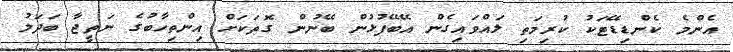
އެންމެ ކެންޑިޑޭޓަކު ކުރިމަތި ލައްވައިގެން އޭބޭފުޅުން ބޭނުން ގޮތަކަށް އިންތިހާބުގެ ނަތީޖާ ބަދަލު